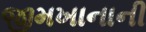
જીમખાનાની